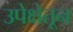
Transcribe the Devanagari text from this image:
उपेक्षेतून